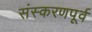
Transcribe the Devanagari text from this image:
संस्करणपूर्व